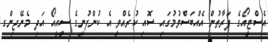
އެސްޓީއޯގެ ފަރާތުން އެއްބަސްވުމުގައި ސޮއި ކުރެއްވީ އެ ކުންފުނީގެ ސީއީއޯ އަދި މެނޭޖިންގ